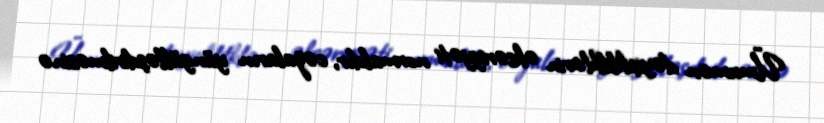
Ümumən dəyişiklilklərin əksəriyyəti normaldır, cəzaların yüngülləşdirilməsinə